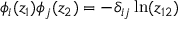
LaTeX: \phi _ { i } ( z _ { 1 } ) \phi _ { j } ( z _ { 2 } ) = - \delta _ { i j } \ln ( z _ { 1 2 } )